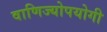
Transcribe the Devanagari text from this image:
वाणिज्योपयोगी